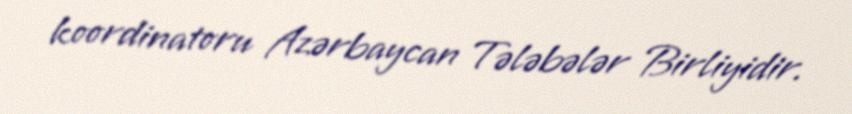
koordinatoru Azərbaycan Tələbələr Birliyidir.